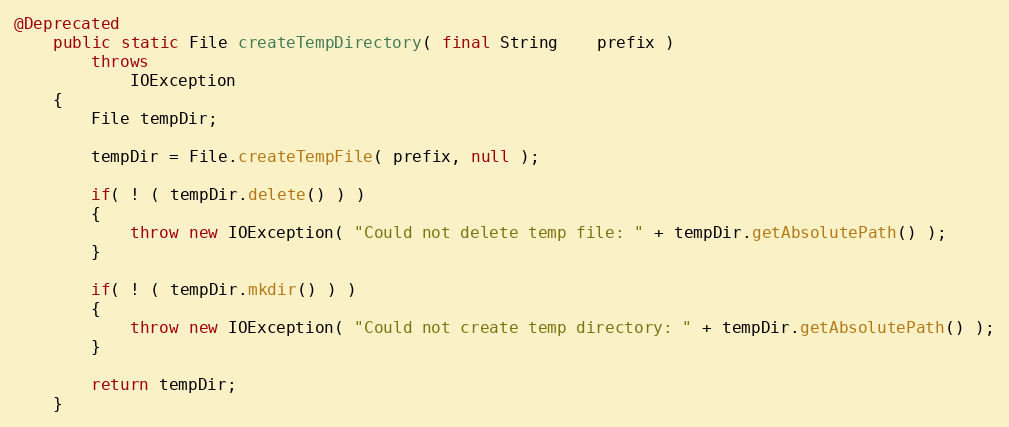
Language: Java
@Deprecated
    public static File createTempDirectory( final String    prefix )
        throws
            IOException
    {
        File tempDir;

        tempDir = File.createTempFile( prefix, null );

        if( ! ( tempDir.delete() ) )
        {
            throw new IOException( "Could not delete temp file: " + tempDir.getAbsolutePath() );
        }

        if( ! ( tempDir.mkdir() ) )
        {
            throw new IOException( "Could not create temp directory: " + tempDir.getAbsolutePath() );
        }

        return tempDir;
    }